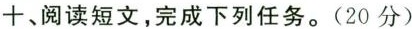
+、阅读短文,完成下列任务.(20 分)